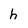
Character: h